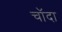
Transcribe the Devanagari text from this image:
चाॅदा